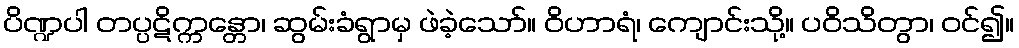
ပိဏ္ဍပါ တပ္ပဋိက္ကန္တော၊ ဆွမ်းခံရွာမှ ဖဲခဲ့သော်။ ဝိဟာရံ၊ ကျောင်းသို့။ ပဝိသိတွာ၊ ဝင်၍။